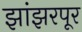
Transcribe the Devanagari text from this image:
झांझरपूर